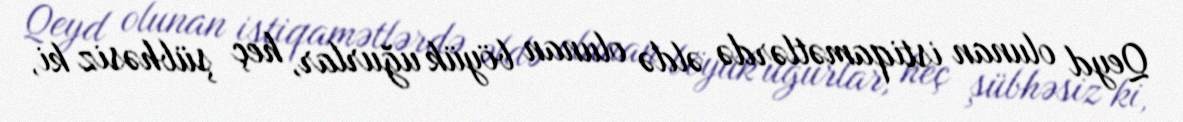
Qeyd olunan istiqamətlərdə əldə olunan böyük uğurlar, heç şübhəsiz ki,